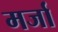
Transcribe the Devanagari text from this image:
मर्जा